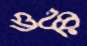
পরি